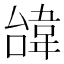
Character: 𩎞